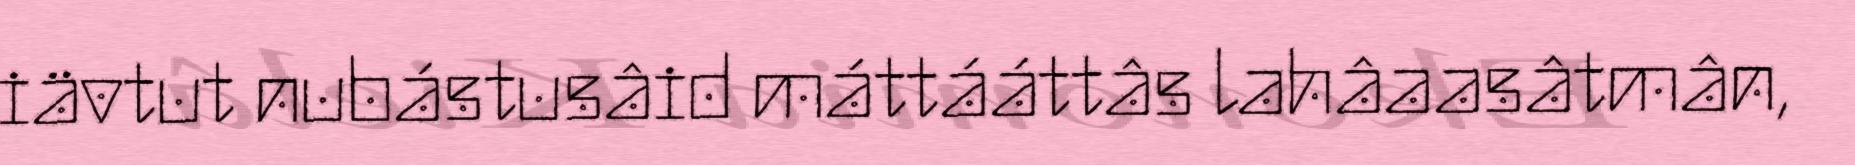
iävtut nubástusâid máttááttâs lahâaasâtmân,